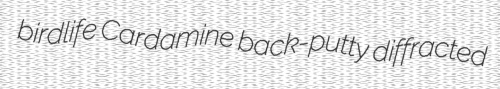
birdlife Cardamine back-putty diffracted